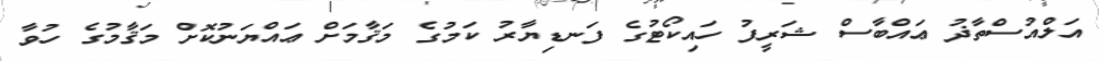
އަލްއުސްތާޛު ޢައްބާސް ޝަރީފު ހައިކޯޓުގެ ފަނޑިޔާރު ކަމުގެ މަޤާމަށް ޢައްޔަނުކޮށް މަޤާމުގެ ހުވާ